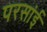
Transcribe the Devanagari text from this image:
परसांई